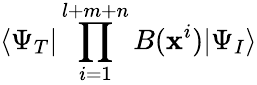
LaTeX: \langle\Psi_{T}|\prod_{i=1}^{l+m+n}B({\mathbf x}^{i})|\Psi_{I}\rangle